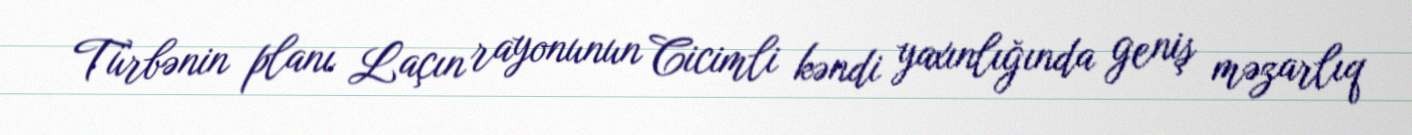
Türbənin planı Laçın rayonunun Cicimli kəndi yaxınlığında geniş məzarlıq